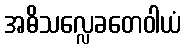
အဓိသလ္လေခတေဝါယံ